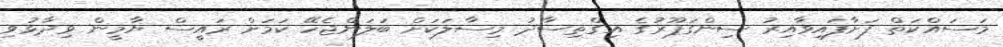
މަސައްކަތް ފަށާފައިވާއިރު ސިންގަޕޫރުގެ އިގްތިސާދު މިސާލަކަށް ބަލަންޖެހޭ ކަމަށް ރައީސް ޔާމީން ވިދާޅުވި